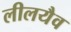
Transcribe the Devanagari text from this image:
लीलयैव